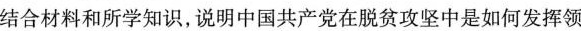
结合材料和所学知识，说明中国共产党在脱贫攻坚中是如何发挥领